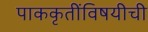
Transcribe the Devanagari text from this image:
पाककृतींविषयीची